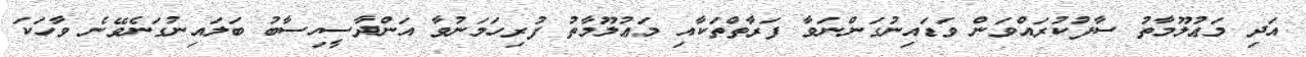
އަދި މަޢުލޫމާތު ސާފުކުރައްވަން ވަޑައިނުގަންނަވާ ފަރާތްތަކާއި މަޢުލޫމާތު ފުރިހަމަނުވާ އަންދާސީހިސާބު ބަލައިނުގަނެވޭނެ ވާހަކަ